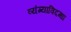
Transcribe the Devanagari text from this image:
व्यंग्याविदग्धा